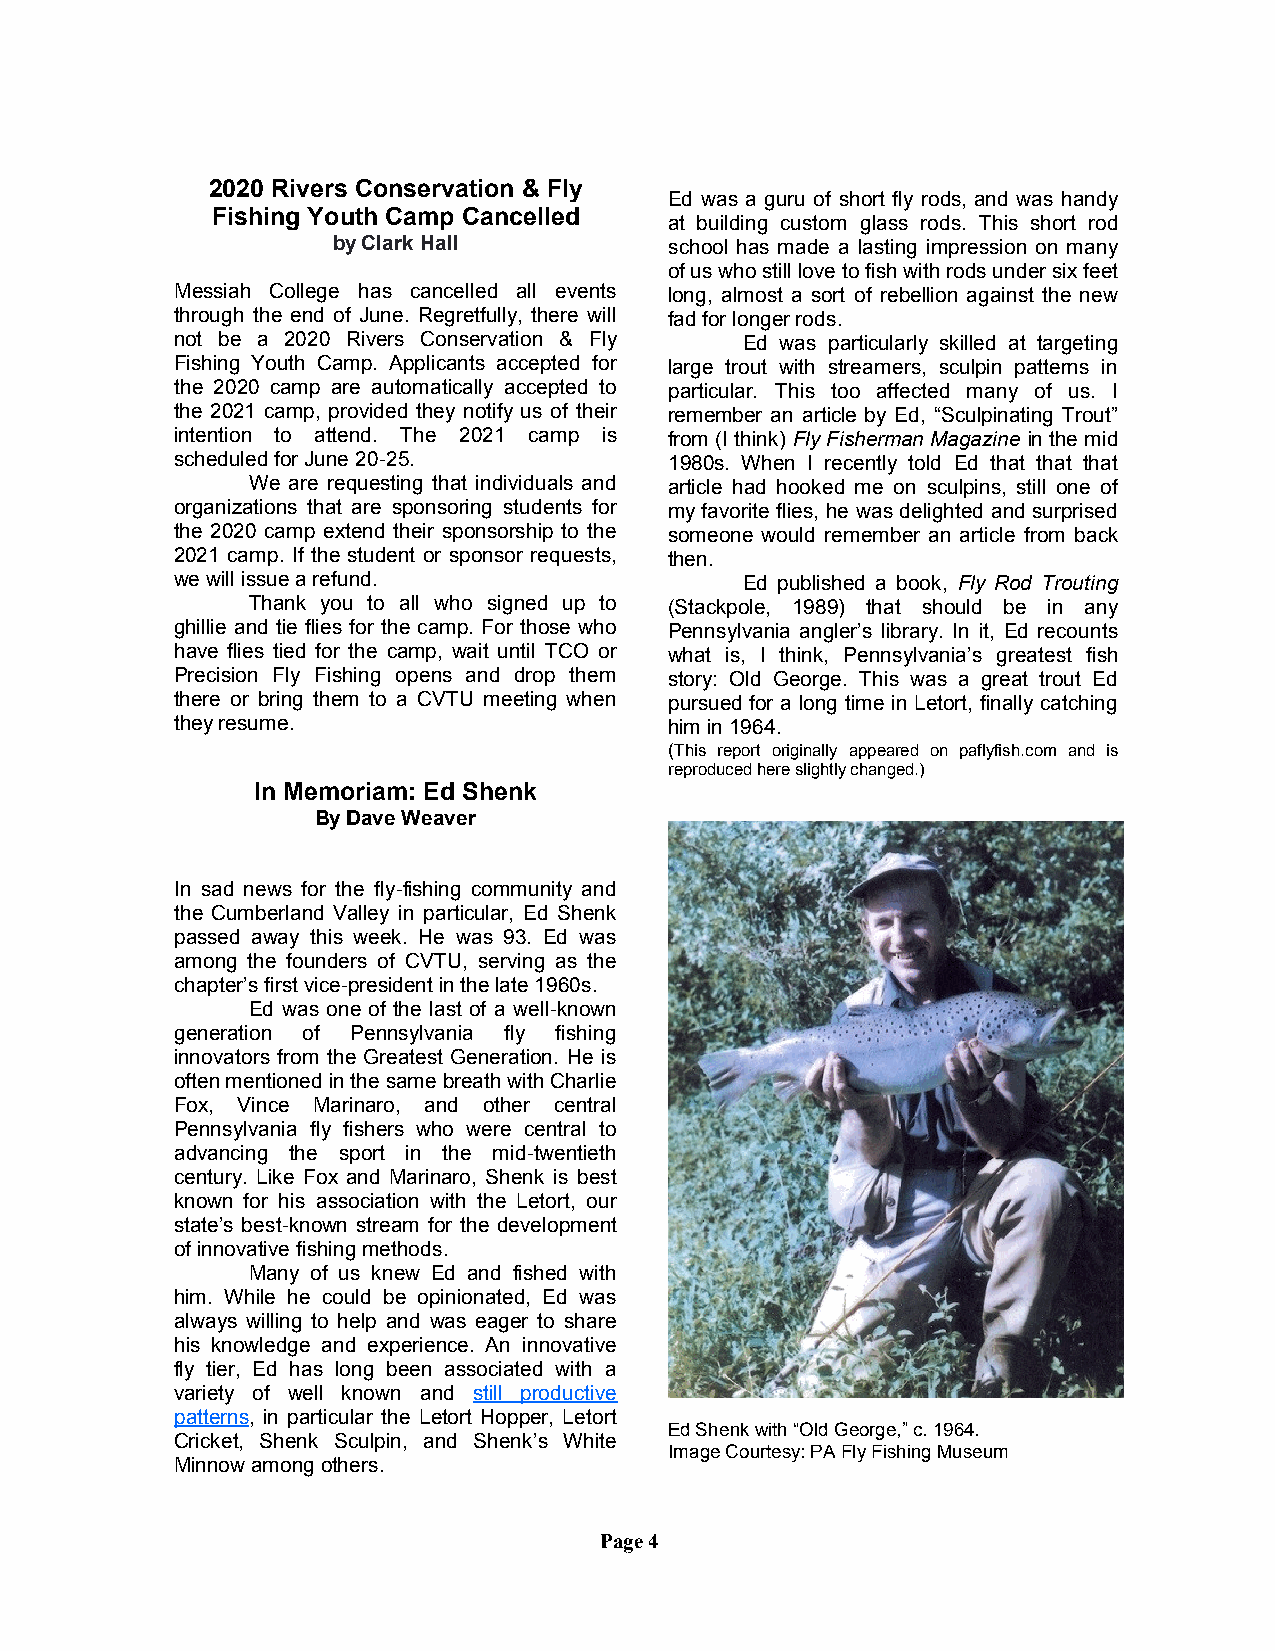
2020 Rivers Conservation & Fly
 Ed was a guru of short fly rods, and was handy
 Fishing Youth Camp Cancelled
 at building custom glass rods. This short rod
 by Clark Hall         school has made a lasting impression on many
 of us who still love to fish with rods under six feet
 Messiah College has cancelled all events long, almost a sort of rebellion against the new
 through the end of June. Regretfully, there will fad for longer rods.
 not be a 2020 Rivers Conservation & Fly Ed was particularly skilled at targeting
 Fishing Youth Camp. Applicants accepted for large trout with streamers, sculpin patterns in
 the 2020 camp are automatically accepted to particular. This too affected many of us. I
 the 2021 camp, provided they notify us of their remember an article by Ed, “Sculpinating Trout”
 intention to attend. The 2021 camp is from (I think) Fly Fisherman Magazine in the mid
 scheduled for June 20-25.       1980s. When I recently told Ed that that that
 We are requesting that individuals and article had hooked me on sculpins, still one of
 organizations that are sponsoring students for my favorite flies, he was delighted and surprised
 the 2020 camp extend their sponsorship to the someone would remember an article from back
 2021 camp. If the student or sponsor requests, then.
 we will issue a refund.              Ed published a book, Fly Rod Trouting
 Thank you to all who signed up to (Stackpole, 1989) that should be in any
 ghillie and tie flies for the camp. For those who Pennsylvania angler’s library. In it, Ed recounts
 have flies tied for the camp, wait until TCO or what is, I think, Pennsylvania’s greatest fish
 Precision Fly Fishing opens and drop them story: Old George. This was a great trout Ed
 there or bring them to a CVTU meeting when pursued for a long time in Letort, finally catching
 they resume.                    him in 1964.
 (This report originally appeared on paflyfish.com and is
 reproduced here slightly changed.)
 In Memoriam: Ed Shenk
 By Dave Weaver
 In sad news for the fly-fishing community and
 the Cumberland Valley in particular, Ed Shenk
 passed away this week. He was 93. Ed was
 among the founders of CVTU, serving as the
 chapter’s first vice-president in the late 1960s.
 Ed was one of the last of a well-known
 generation of Pennsylvania fly fishing
 innovators from the Greatest Generation. He is
 often mentioned in the same breath with Charlie
 Fox, Vince Marinaro, and other central
 Pennsylvania fly fishers who were central to
 advancing the sport in the mid-twentieth
 century. Like Fox and Marinaro, Shenk is best
 known for his association with the Letort, our
 state’s best-known stream for the development
 of innovative fishing methods.
 Many of us knew Ed and fished with
 him. While he could be opinionated, Ed was
 always willing to help and was eager to share
 his knowledge and experience. An innovative
 fly tier, Ed has long been associated with a
 variety of well known and still productive
 patterns, in particular the Letort Hopper, Letort
 Ed Shenk with “Old George,” c. 1964.
 Cricket, Shenk Sculpin, and Shenk’s White
 Image Courtesy: PA Fly Fishing Museum
 Minnow among others.
 Page 4